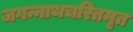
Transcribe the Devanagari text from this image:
जगन्नाथचरितमृत